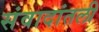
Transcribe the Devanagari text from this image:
संवादांतली